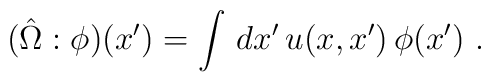
(\hat{\Omega}: \phi)(x^\prime)=\int\,dx^\prime\,u(x,x^\prime)\,\phi(x^\prime)~.